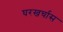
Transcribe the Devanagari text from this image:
घरखर्चास